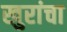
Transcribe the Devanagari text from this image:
खुरांचा